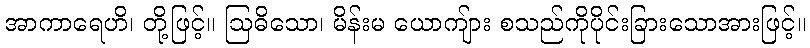
အာကာရေဟိ၊ တို့ဖြင့်။ ဩဓိသော၊ မိန်းမ ယောကျ်ား စသည်ကိုပိုင်းခြားသောအားဖြင့်။